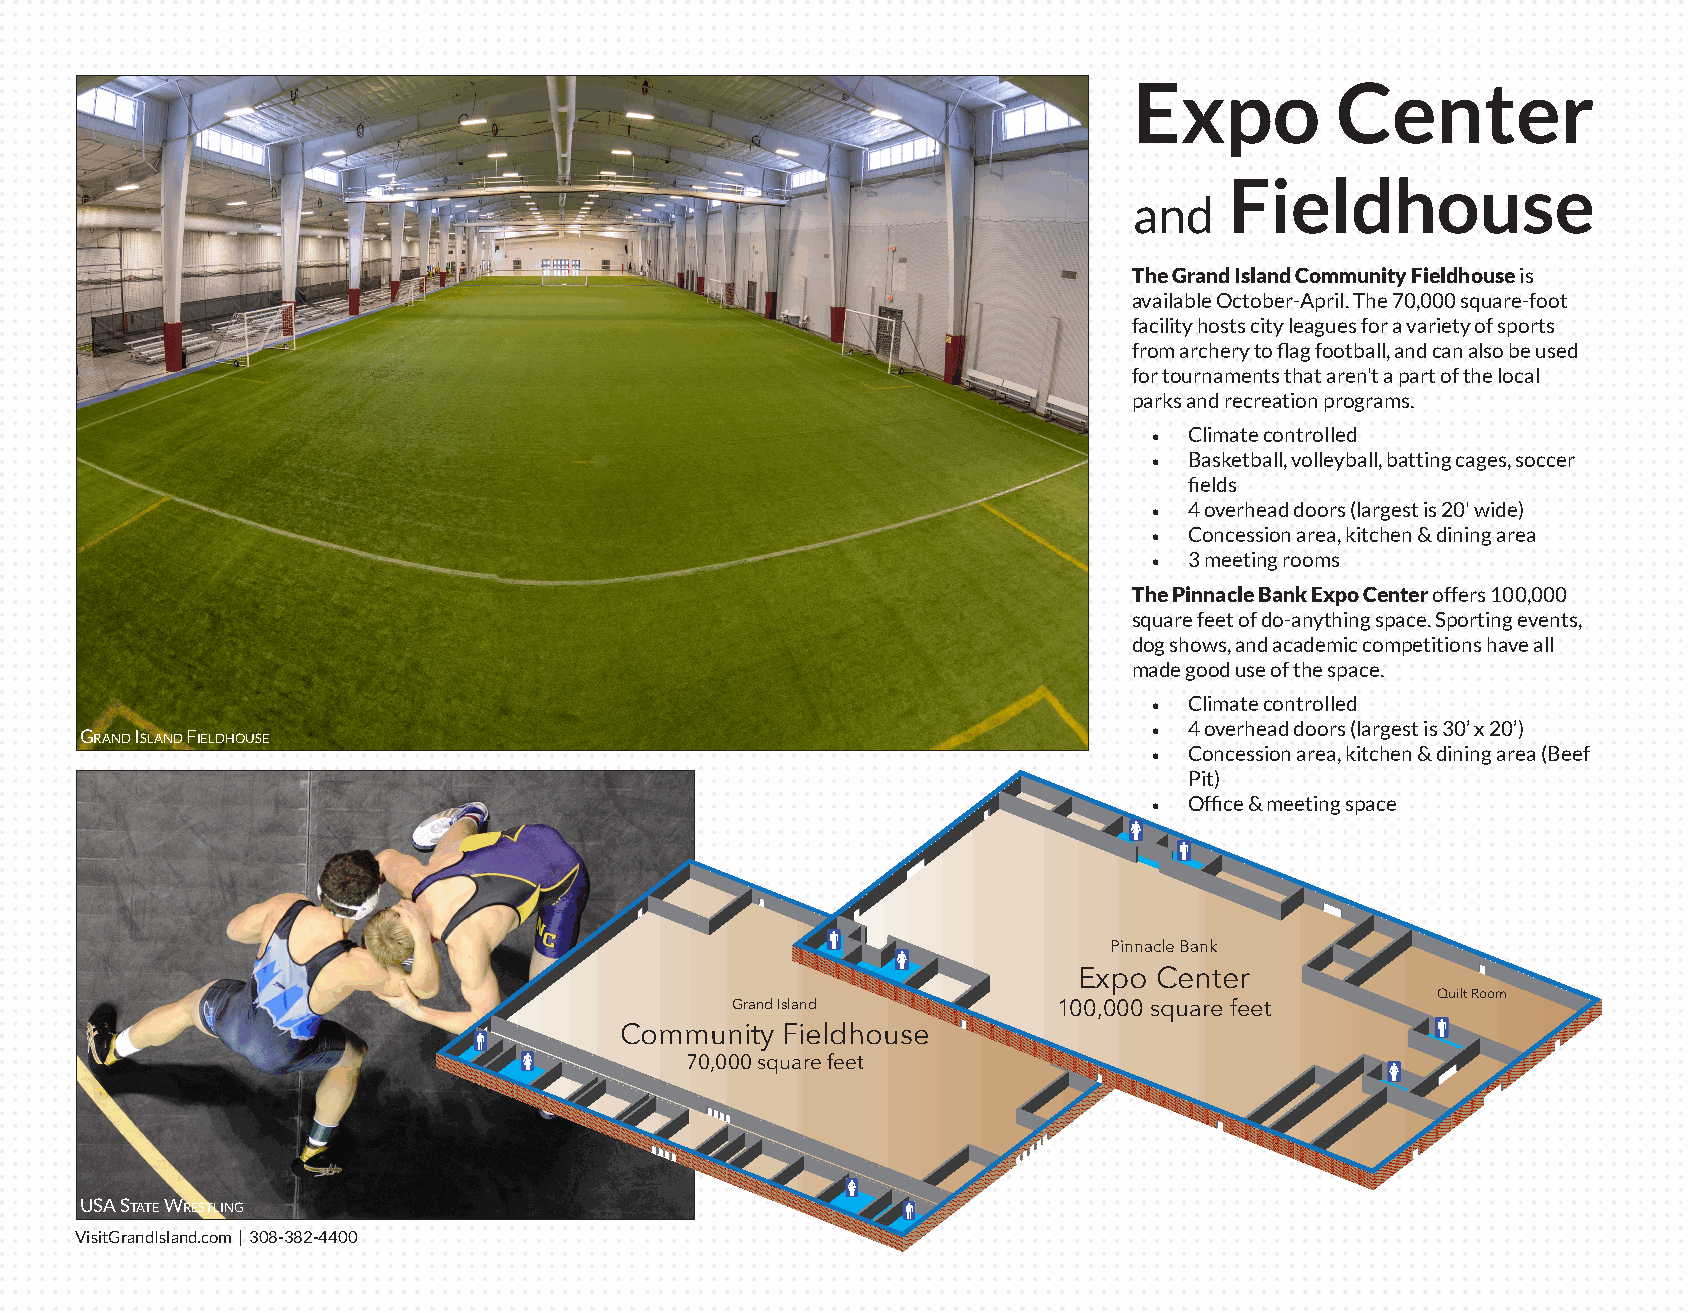
Expo         Center
 Fieldhouse
 and
 The Grand Island Community Fieldhouse is
 available October-April. The 70,000 square-foot
 facility hosts city leagues for a variety of sports
 from archery to flag football, and can also be used
 for tournaments that aren't a part of the local
 parks and recreation programs.
 •  Climate controlled
 •  Basketball, volleyball, batting cages, soccer
 fields
 •  4 overhead doors (largest is 20' wide)
 •  Concession area, kitchen & dining area
 •  3 meeting rooms
 The Pinnacle Bank Expo Center offers 100,000
 square feet of do-anything space. Sporting events,
 dog shows, and academic competitions have all
 made good use of the space.
 •  Climate controlled
 GRand island FieldHouse                                                •  4 overhead doors (largest is 30’ x 20’)
 •  Concession area, kitchen & dining area (Beef
 Pit)
 •  Office & meeting space
 Pinnacle Bank
 Expo Center
 Quilt Room
 Grand Island          100,000 square feet
 Community  Fieldhouse
 70,000 square feet
 usa state WRestlinG
 VisitGrandIsland.com | 308-382-4400